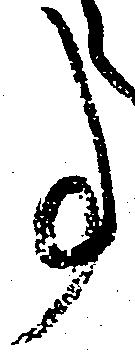
事